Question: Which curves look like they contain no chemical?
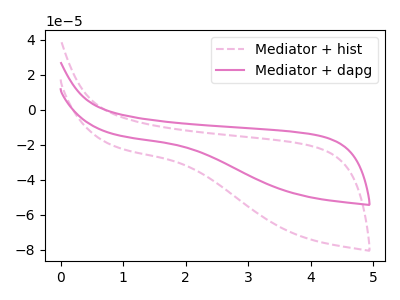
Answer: <think>The pink dashed curve "Mediator + hist" has no peaks. The pink curve "Mediator + dapg" has no peaks.</think>
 <answer>"Mediator + hist" and "Mediator + dapg" are likely to be blanks.</answer>
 <eval>"Mediator + hist", "Mediator + dapg"</eval>